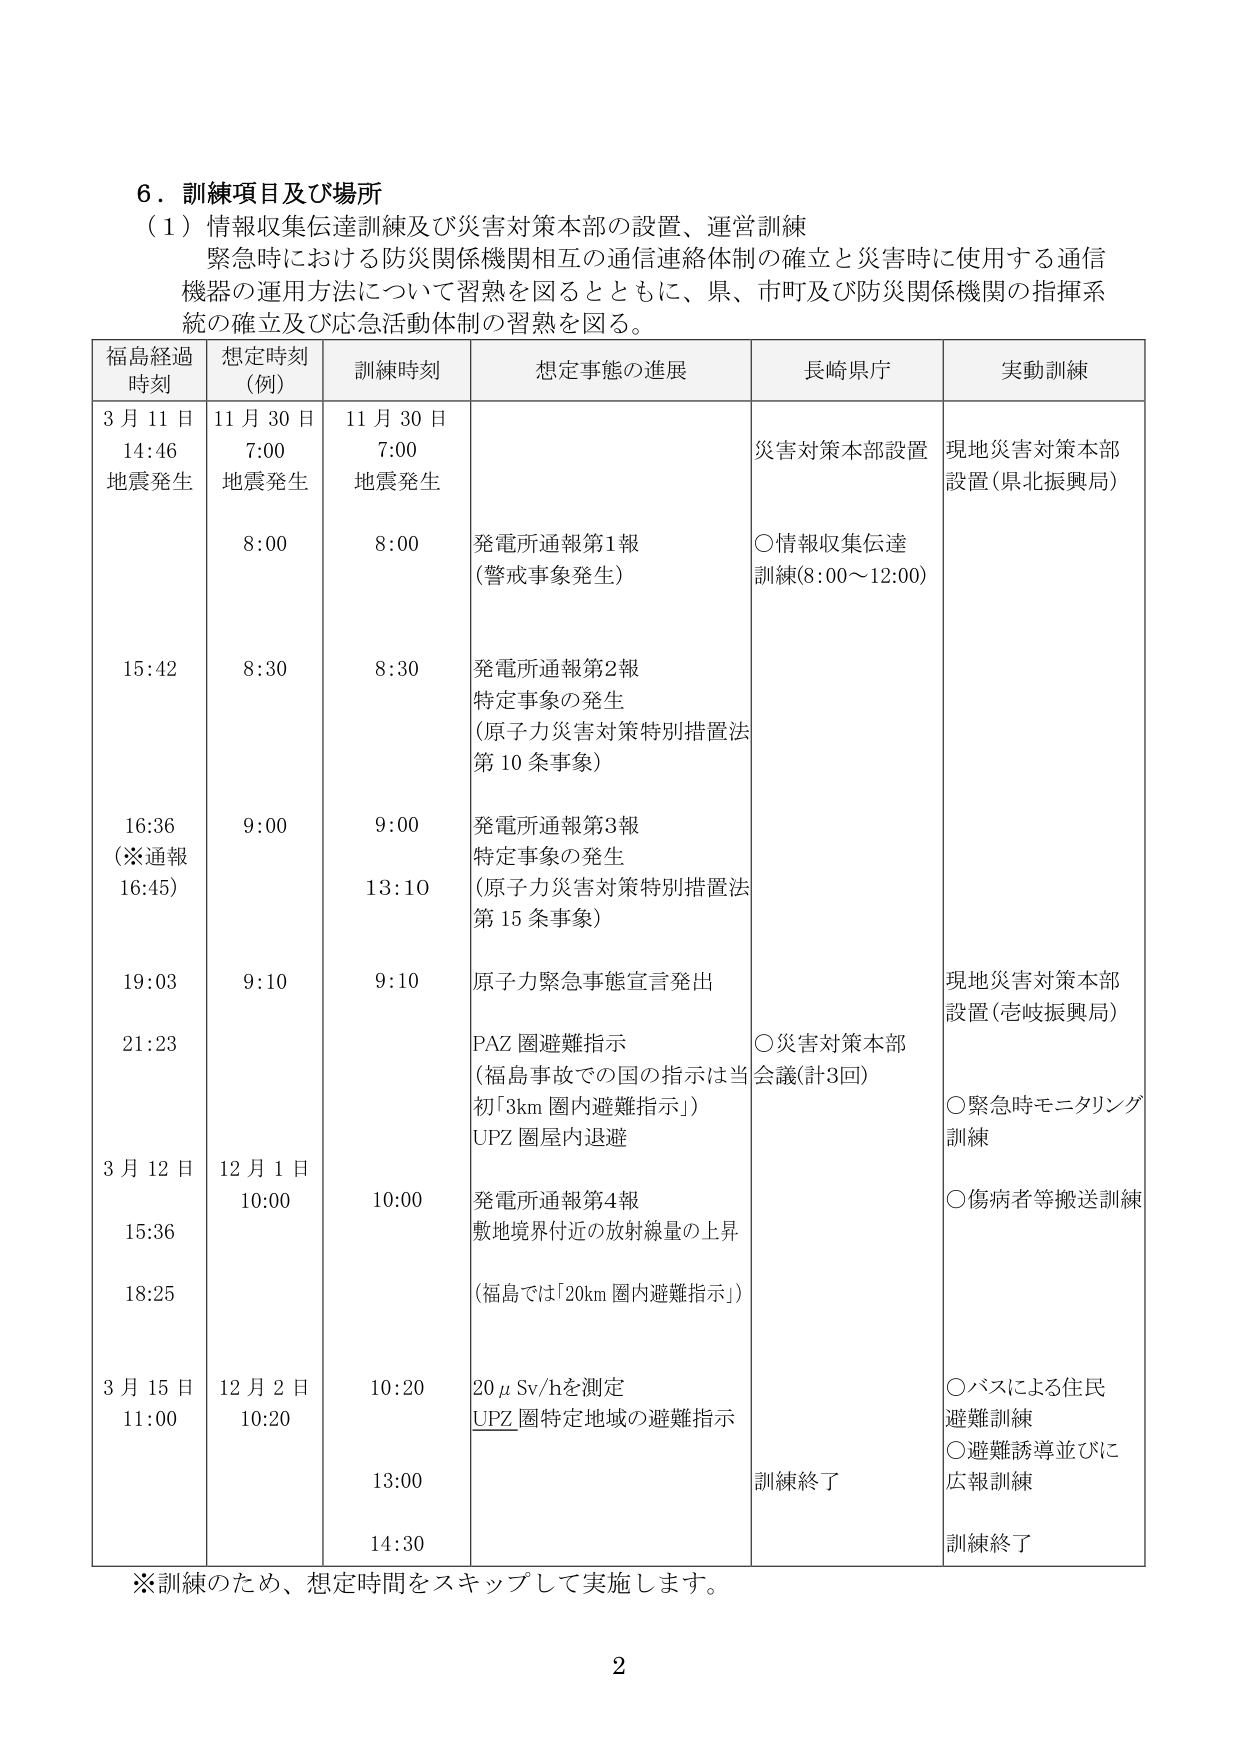
6．訓練項目及び場所
（1）情報収集伝達訓練及び災害対策本部の設置、運営訓練
緊急時における防災関係機関相互の通信連絡体制の確立と災害時に使用する通信
機器の運用方法について習熟を図るとともに、県、市町及び防災関係機関の指揮系
統の確立及び応急活動体制の習熟を図る。

| 福島経過時刻 | 想定時刻（例） | 訓練時刻 | 想定事態の進展 | 長崎県庁 | 実動訓練 |
|---------------|----------------|-----------|----------------|----------|----------|
| 3月11日 14:46 地震発生 | 11月30日 7:00 地震発生 | 11月30日 7:00 地震発生 | | 災害対策本部設置 | 現地災害対策本部設置（県北振興局） |
| | 8:00 | 8:00 | 発電所通報第1報（警戒事象発生） | ○情報収集伝達訓練（8:00～12:00） | |
| 15:42 | 8:30 | 8:30 | 発電所通報第2報 特定事象の発生（原子力災害対策特別措置法第10条事象） | | |
| 16:36 （※通報16:45） | 9:00 | 9:00 | 発電所通報第3報 特定事象の発生（原子力災害対策特別措置法第15条事象） | | |
| | | 13:10 | | | |
| 19:03 | 9:10 | 9:10 | 原子力緊急事態宣言発出 | | 現地災害対策本部設置（壱岐振興局） |
| 21:23 | | | PAZ圏避難指示（福島事故での国の指示は当初「3km圏内避難指示」） UPZ圏屋内退避 | ○災害対策本部会議（計3回） | ○緊急時モニタリング訓練 |
| | | | | | ○傷病者等搬送訓練 |
| 3月12日 15:36 | 12月1日 10:00 | 10:00 | 発電所通報第4報 敷地境界付近の放射線量の上昇（福島では「20km圏内避難指示」） | | |
| 18:25 | | | | | |
| 3月15日 11:00 | 12月2日 10:20 | 10:20 | 20μSv/hを測定 UPZ圏特定地域の避難指示 | | ○バスによる住民避難訓練 |
| | | 13:00 | | | ○避難誘導並びに広報訓練 |
| | | 14:30 | | 訓練終了 | 訓練終了 |

※訓練のため、想定時間をスキップして実施します。

2